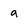
Character: g